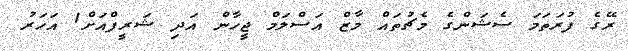
ރޭގެ ފުރަތަމަ ސެޝަންގެ މެޗުުތައް މާޒް އަސްލަމް ޖީހާން އަދި ޝަރީފްއަށް1 އަހަރު